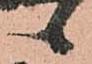
候